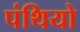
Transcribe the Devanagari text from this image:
पंथियो